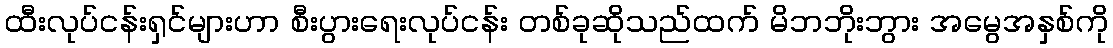
ထီးလုပ်ငန်းရှင်များဟာ စီးပွားရေးလုပ်ငန်း တစ်ခုဆိုသည်ထက် မိဘဘိုးဘွား အမွေအနှစ်ကို